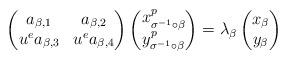
LaTeX: \begin{align*}\begin{pmatrix}a_{\beta,1} & a_{\beta,2} \\ u^e a_{\beta,3} & u^e a_{\beta,4} \end{pmatrix}\begin{pmatrix}x^p_{\sigma^{-1}\circ \beta}\\y^p_{\sigma^{-1}\circ \beta}\end{pmatrix}=\lambda_\beta\begin{pmatrix}x_\beta\\ y_\beta\end{pmatrix}\end{align*}